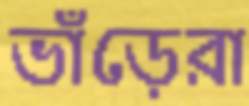
ভাঁড়েরা